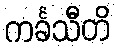
ကင်္ခသီတိ